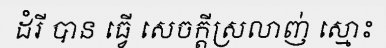
ដំរី បាន ធ្វើ សេចក្តីស្រលាញ់ ស្មោះ